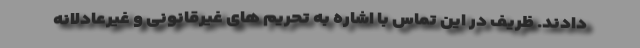
دادند. ظریف در این تماس با اشاره به تحریم های غیرقانونی و غیرعادلانه